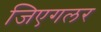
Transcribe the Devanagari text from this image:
जिएगलर